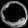
Digit: ၀